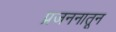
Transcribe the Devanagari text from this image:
प्रजननातून